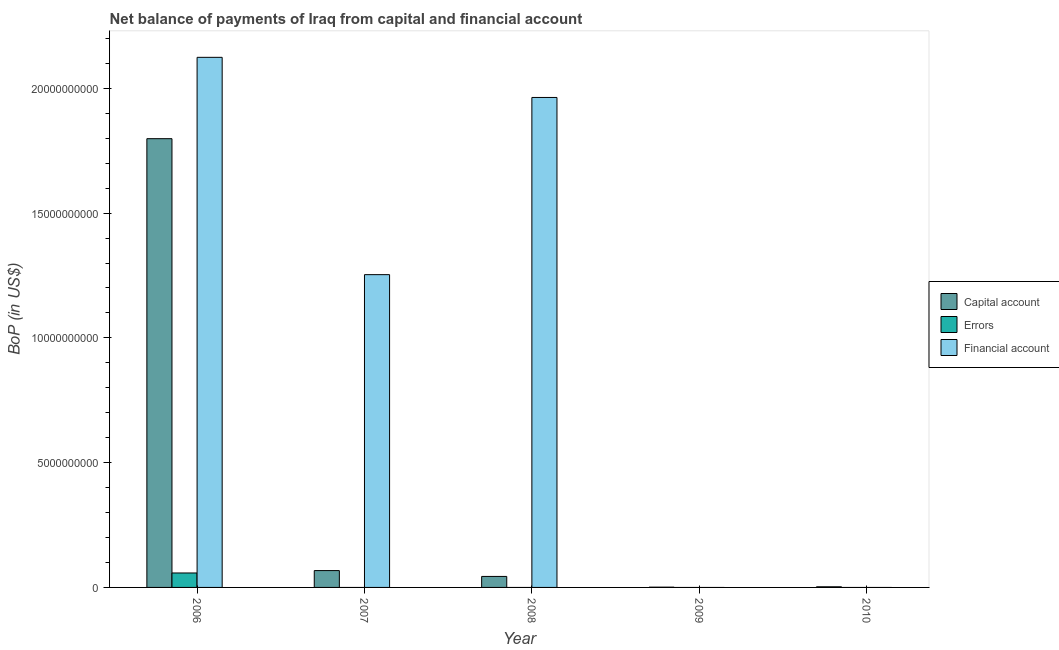
| Year | Capital account | Errors | Financial account |
 | --- | --- | --- | --- |
 | 2006 | 1.8e+10 | 5.79e+08 | 2.12e+10 |
 | 2007 | 6.75e+08 | -3.66e+09 | 1.25e+10 |
 | 2008 | 4.41e+08 | -9.24e+09 | 1.96e+10 |
 | 2009 | 1.02e+07 | -6.12e+09 | -7.23e+09 |
 | 2010 | 2.53e+07 | -7.95e+09 | -1.44e+09 |